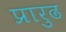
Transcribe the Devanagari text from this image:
प्रारुढ